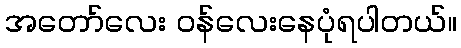
အတော်လေး ဝန်လေးနေပုံရပါတယ်။